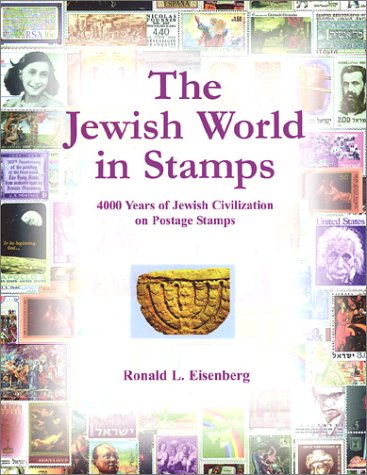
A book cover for The Jewish World in Stamps: 4000 Years of Jewish Civilization on Postal Stamps; Ronald L. Eisenberg; Crafts, Hobbies & Home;